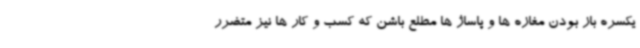
یکسره باز بودن مغازه ها و پاساژ ها مطلع باشن که کسب و کار ها نیز متضرر